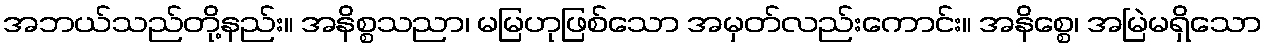
အဘယ်သည်တို့နည်း။ အနိစ္စသညာ၊ မမြဟုဖြစ်သော အမှတ်လည်းကောင်း။ အနိစ္စေ၊ အမြဲမရှိသော